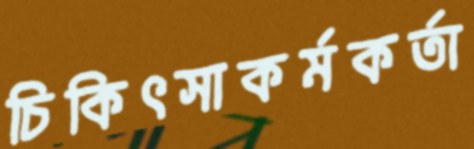
চিকিৎসাকর্মকর্তা